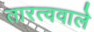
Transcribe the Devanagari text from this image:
तारत्ववाले